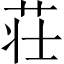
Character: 荘